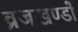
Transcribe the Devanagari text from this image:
व्रजखण्डों